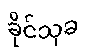
ခိုင်သုခ